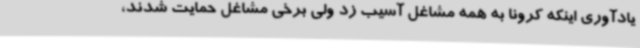
یادآوری اینکه کرونا به همه مشاغل آسیب زد ولی برخی مشاغل حمایت شدند،